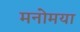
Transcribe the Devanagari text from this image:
मनोमया